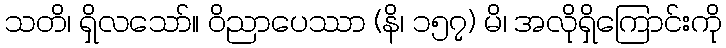
သတိ၊ ရှိလသော်။ ဝိညာပေဿာ (နိ၊ ၁၅၇) မိ၊ အလိုရှိကြောင်းကို